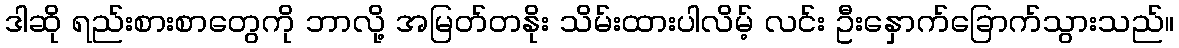
ဒါဆို ရည်းစားစာတွေကို ဘာလို့ အမြတ်တနိုး သိမ်းထားပါလိမ့် လင်း ဦးနှောက်ခြောက်သွားသည်။